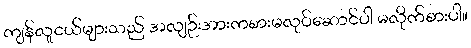
ကျန်လူငယ်များသည် အလျဉ်းအားကစားမလုပ်ဆောင်ပါ မလိုက်စားပါ။